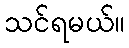
သင်ရမယ်။